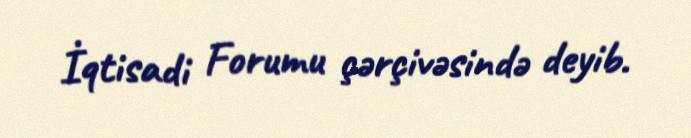
İqtisadi Forumu çərçivəsində deyib.